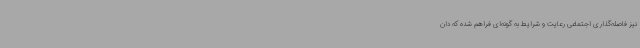
نیز فاصله‌گذاری اجتماعی رعایت و شرایط به گونه‌ای فراهم شده که دان